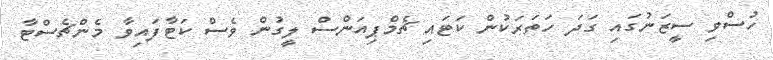
ހުސްވި ސީޒަނުގައި ގަދަ ހަތަރަކުން ކަޓައި ޗެމްޕިއަންސް ލީގުން ވެސް ކަޓާފައިވާ މެންޗެސްޓާ